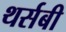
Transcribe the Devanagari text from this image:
थर्सबी